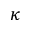
\kappa